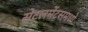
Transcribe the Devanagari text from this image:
सेटलमेंटसमध्ये